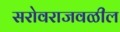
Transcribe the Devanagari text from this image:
सरोवराजवळील